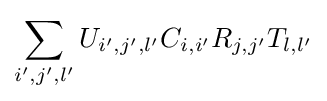
\sum _{i',j',l'}U_{i',j',l'}C_{i,i'}R_{j,j'}T_{l,l'}